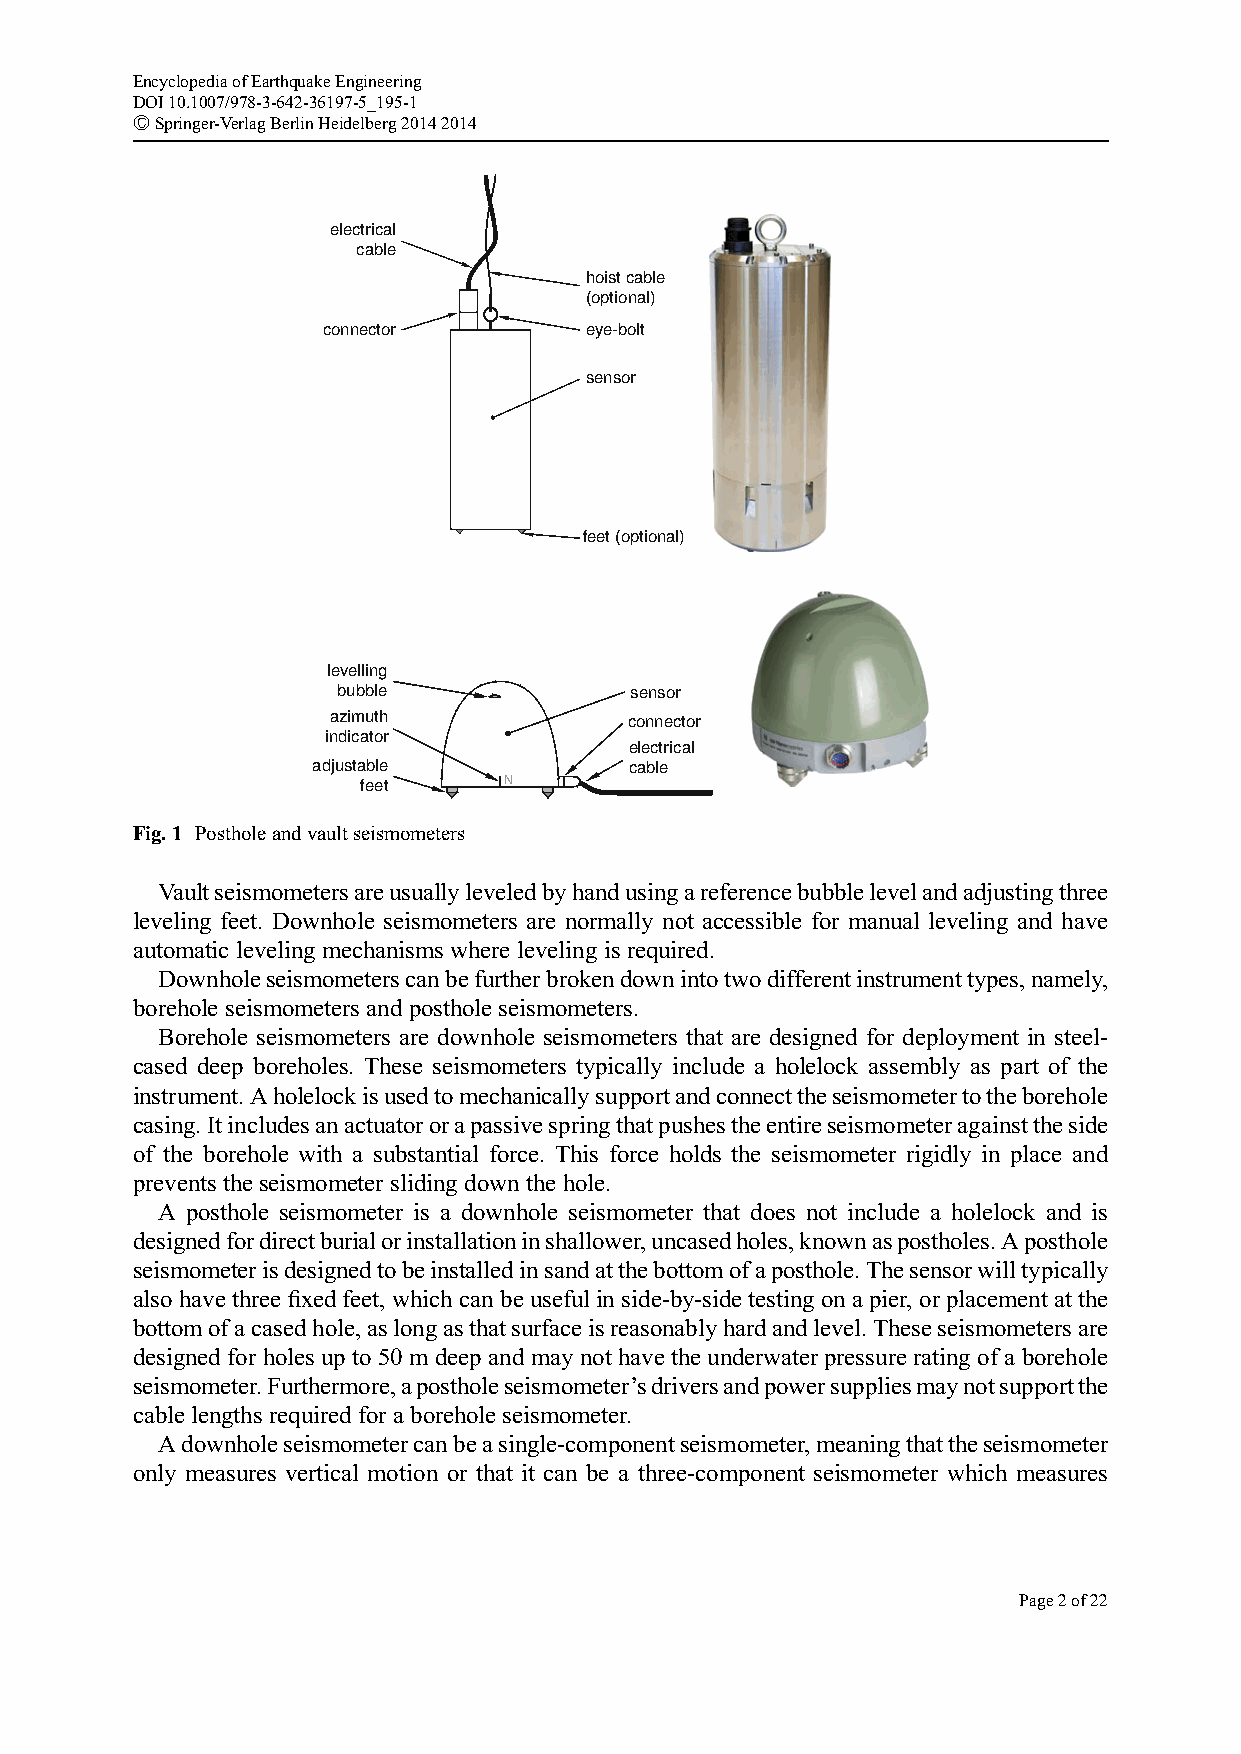
EncyclopediaofEarthquakeEngineering
 DOI10.1007/978-3-642-36197-5_195-1
 #Springer-VerlagBerlinHeidelberg20142014
 electrical
 cable
 hoist cable
 (optional)
 connector         eye-bolt
 sensor
 feet (optional)
 levelling
 bubble              sensor
 azimuth             connector
 indicator
 electrical
 adjustable           cable
 feet     N
 Fig.1 Postholeandvaultseismometers
 Vaultseismometersareusuallyleveledbyhandusingareferencebubblelevelandadjustingthree
 leveling feet. Downhole seismometers are normally not accessible for manual leveling and have
 automatic leveling mechanisms where leveling is required.
 Downholeseismometerscanbefurtherbrokendownintotwodifferentinstrumenttypes,namely,
 borehole seismometers and posthole seismometers.
 Borehole seismometers are downhole seismometers that are designed for deployment in steel-
 cased deep boreholes. These seismometers typically include a holelock assembly as part of the
 instrument.Aholelockisusedtomechanicallysupportandconnecttheseismometertotheborehole
 casing.Itincludesanactuatororapassivespringthatpushestheentireseismometeragainsttheside
 of the borehole with a substantial force. This force holds the seismometer rigidly in place and
 prevents the seismometer sliding down the hole.
 A posthole seismometer is a downhole seismometer that does not include a holelock and is
 designedfordirectburialorinstallationinshallower,uncasedholes,knownaspostholes.Aposthole
 seismometerisdesignedtobeinstalledinsandatthebottomofaposthole.Thesensorwilltypically
 also have three fixed feet, which can be useful in side-by-side testing on a pier, or placement at the
 bottomofacasedhole,aslongasthatsurfaceisreasonablyhardandlevel.Theseseismometersare
 designed for holes up to 50 m deep and may not have the underwater pressure rating of a borehole
 seismometer.Furthermore,apostholeseismometer’sdriversandpowersuppliesmaynotsupportthe
 cable lengths required for a borehole seismometer.
 Adownholeseismometercanbeasingle-componentseismometer,meaningthattheseismometer
 only measures vertical motion or that it can be a three-component seismometer which measures
 Page2of22